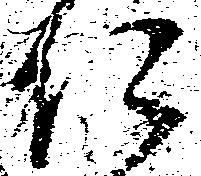
仁